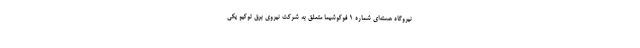
نیروگاه هسته‌ای شماره ۱ فوکوشیما متعلق به شرکت نیروی برق توکیو یکی